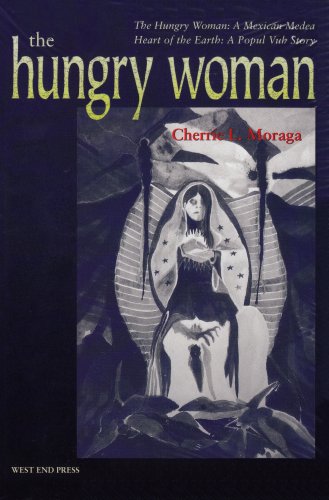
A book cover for The Hungry Woman: The Hungry Woman: A Mexican Medea and Heart of the Earth: A Popul Vuh Story; Cherrie L. Moraga; Literature & Fiction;